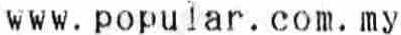
WWW.POPULAR.COM.MY